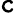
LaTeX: \boldsymbol{\mathtt{c}}